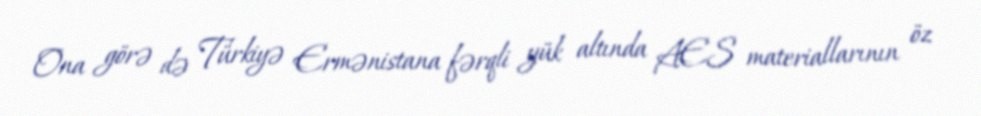
Ona görə də Türkiyə Ermənistana fərqli yük altında AES materiallarının öz